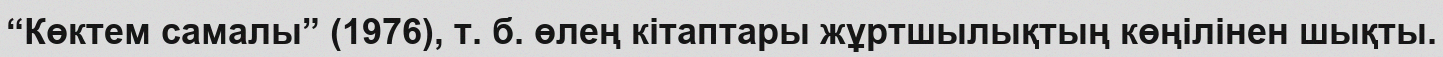
“Көктем самалы” (1976), т. б. өлең кітаптары жұртшылықтың көңілінен шықты.